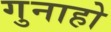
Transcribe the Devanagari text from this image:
गुनाहो